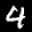
Label: 4